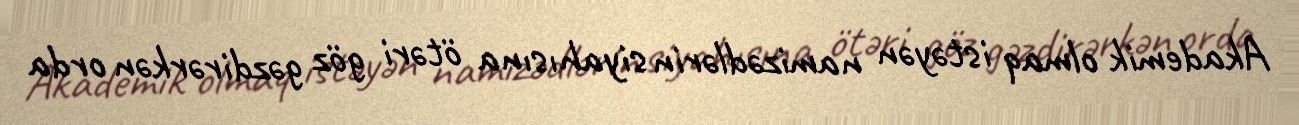
Akademik olmaq istəyən namizədlərin siyahısına ötəri göz gəzdirərkən orda